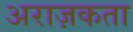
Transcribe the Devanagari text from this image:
अराज़कता